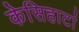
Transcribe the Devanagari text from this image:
केसिहाटां